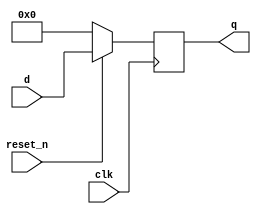
module DFF_17bit(clk, reset_n, d, q);
input clk,reset_n;
parameter N=17;
input [N-1:0] d;
output reg [N-1:0] q;
always @(posedge clk)
begin
if (!reset_n)
q <= {N{1'b0}};
else
q <= d;
end
endmodule